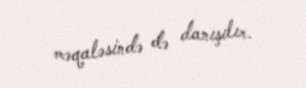
məqaləsində də danışılır.